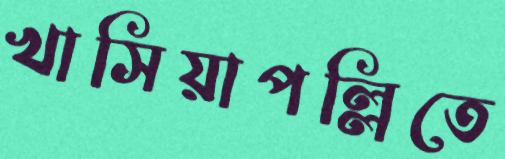
খাসিয়াপল্লিতে